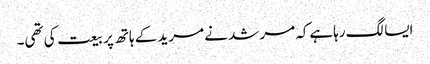
ایسا لگ رہاہےکہ مرشد نے مرید کے ہاتھ پر بیعت کی تھی۔